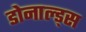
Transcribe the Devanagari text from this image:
डोनाल्ड्स